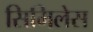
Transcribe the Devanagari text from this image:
सिमिलेस